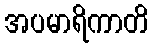
အပမာရိကာတိ